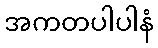
အကတပါပါနံ